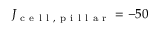
J _ { \mathrm { ~ c ~ e ~ l ~ l ~ , ~ p ~ i ~ l ~ l ~ a ~ r ~ } } = - 5 0